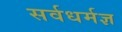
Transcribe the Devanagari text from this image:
सर्वधर्मज्ञ